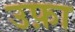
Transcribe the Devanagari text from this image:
उफ़ा